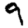
Digit: 9